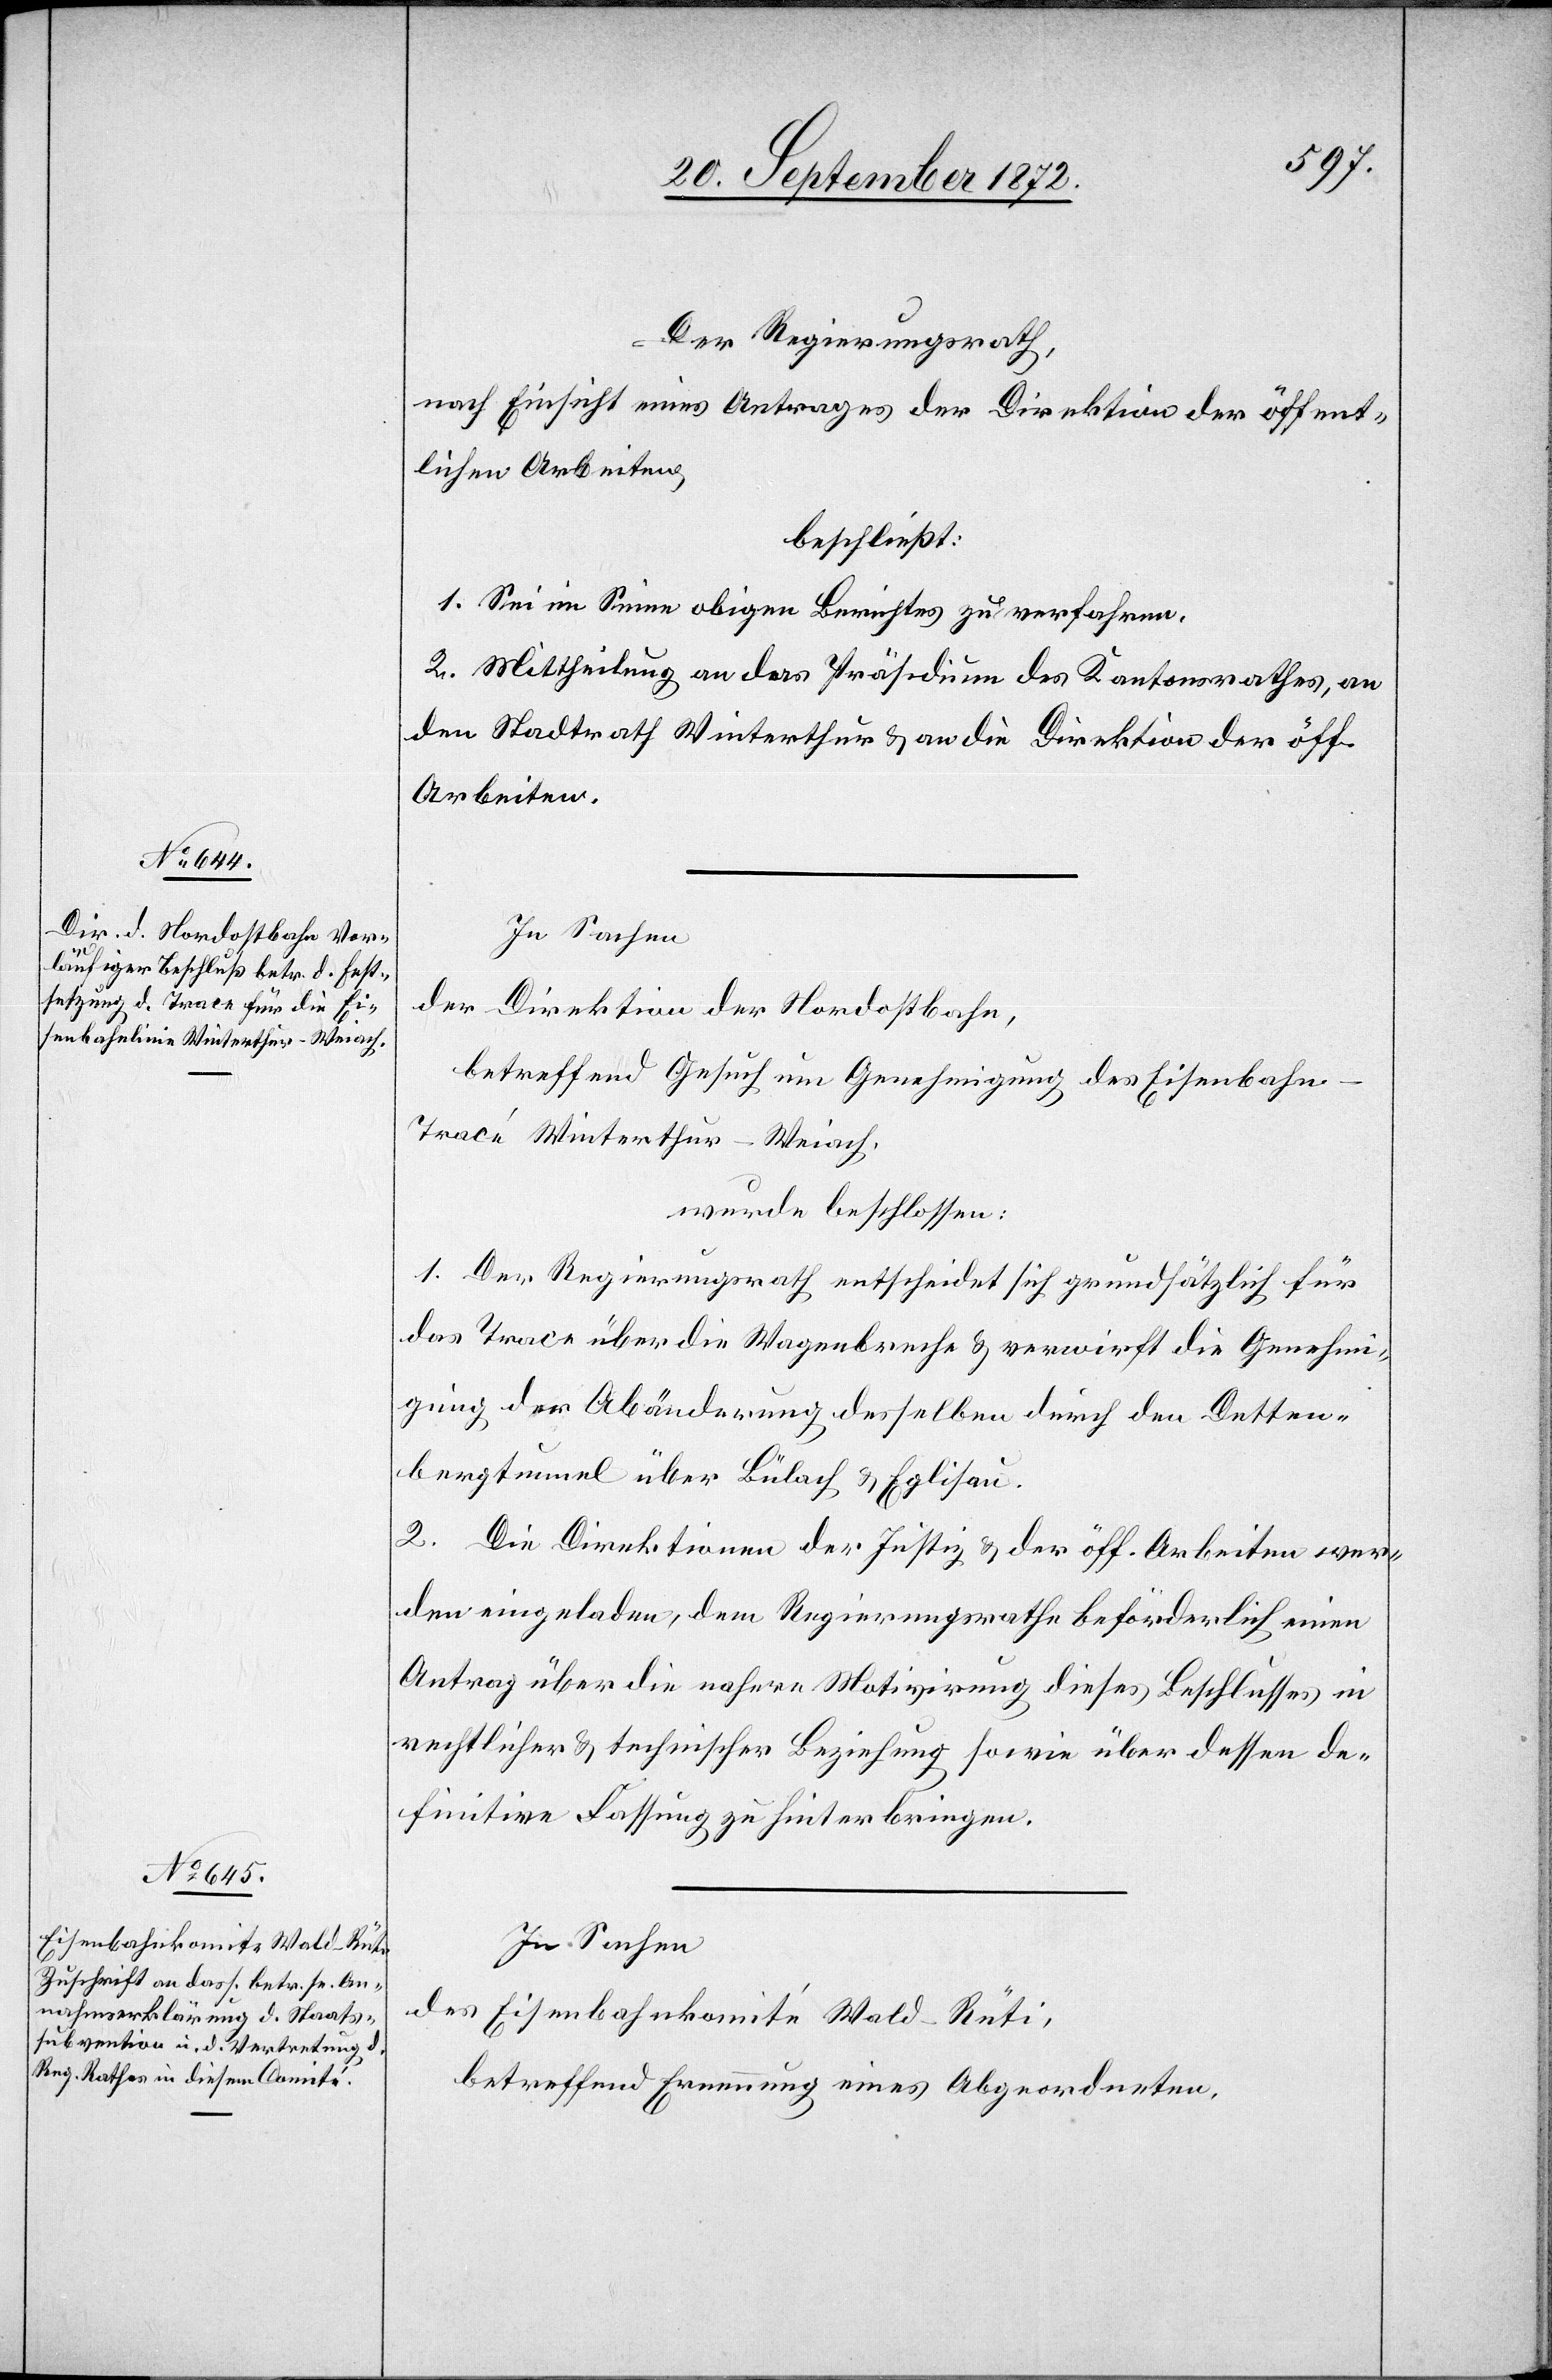
Der Regierungsrath,
nach Einsicht eines Antrages der Direktion der öffent¬
lichen Arbeiten,
beschließt:
1. Sei im Sinne obigen Berichtes zu verfahren.
2. Mittheilung an das Präsidium des Kantonsrathes, an
den Stadtrath Winterthur u. an die Direktion der öff.
Arbeiten.
In Sachen
der Direktion der Nordostbahn,
betreffend Gesuch um Genehmigung des Eisenbahn-T¬
racé Winterthur–Weiach,
wurde beschlossen:
1. Der Regierungsrath entscheidet sich grundsätzlich für
das Trace über die Wagenbreche u. verwirft die Genehmi¬
gung der Abänderung desselben durch den Detten¬
bergtunnel über Bülach u. Eglisau.
2. Die Direktionen der Justiz u. der öff. Arbeiten wer¬
den eingeladen, dem Regierungsrathe beförderlich einen
Antrag über die nähere Motivirung dieses Beschlusses in
rechtlicher u. technischer Beziehung sowie über dessen de¬
finitive Fassung zu hinterbringen.
In Sachen
des Eisenbahnkomité Wald–Rüti,
betreffend Ernennung einer Abgeordneten,